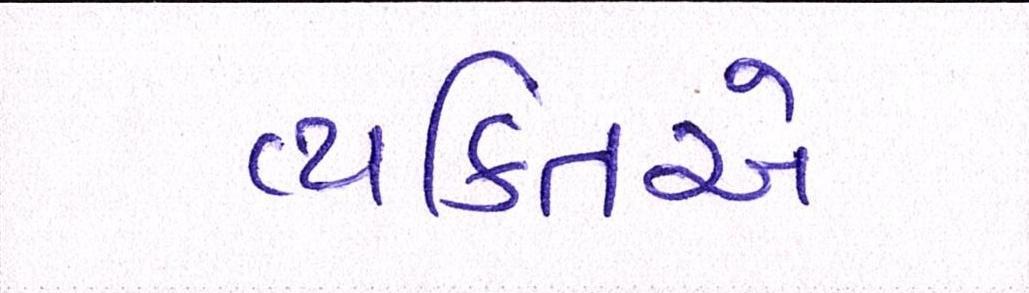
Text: વ્યકિતએ